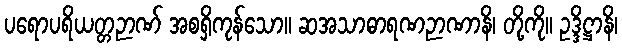
ပရောပရိယတ္တဉာဏ် အစရှိကုန်သော။ ဆအသာဓာရဏဉာဏာနိ၊ တို့ကို။ ဥဒ္ဒိဋ္ဌာနိ၊